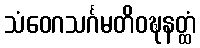
သံဝေဂသင်္ဂမတိဝဍ္ဎနတ္ထံ